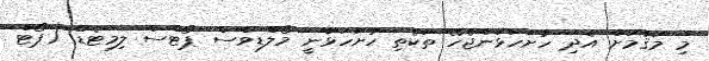
މި މަޤާމަށް އެދި ހުށަހަޅަންޖެހޭ ތަކެތި ހުށަހަޅާނީ މޯލްޑިވްސް ޕޯޓްސް ލިމިޓެޑް (ޕޯޓް